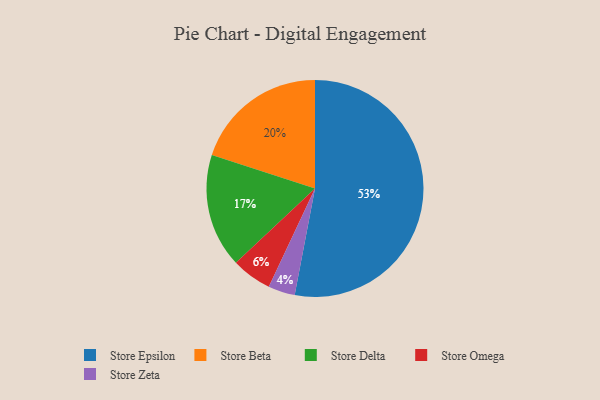
{"axis": {"x": "Category", "y": "Percentage"}, "legend": ["Store Beta", "Store Delta", "Store Epsilon", "Store Omega", "Store Zeta"], "data": [{"x": "Store Delta", "y": 17, "type": "Store Delta"}, {"x": "Store Beta", "y": 20, "type": "Store Beta"}, {"x": "Store Omega", "y": 6, "type": "Store Omega"}, {"x": "Store Epsilon", "y": 53, "type": "Store Epsilon"}, {"x": "Store Zeta", "y": 4, "type": "Store Zeta"}]}